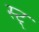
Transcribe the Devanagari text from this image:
स्ट्